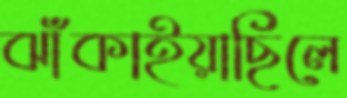
ঝাঁকাইয়াছিলে